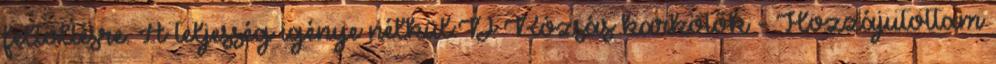
feltöltésre. A teljesség igénye nélkül:D Rózsás karkötők - Hozzájutottam